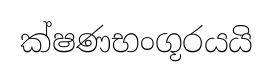
ක්ෂණභංගූරයයි